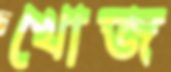
খোজ